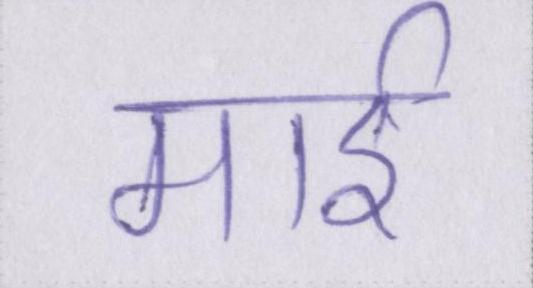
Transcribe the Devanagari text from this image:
माई